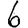
Digit: 6